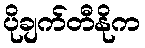
ပိုချက်တီနိုက